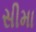
સીમા